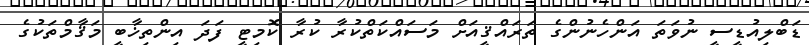
ޑަބްލިއުޑީސީ ނުވަތަ އަންހެނުންގެ ތަރައްޤީއަށް މަސައްކަތްކުރާ ކުރާ ކޮމިޓީ ފަދަ އިންތިޚާބީ މަޤާމްތަކުގެ